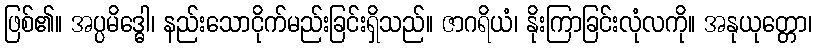
ဖြစ်၏။ အပ္ပမိဒ္ဓေါ၊ နည်းသောငိုက်မည်းခြင်းရှိသည်။ ဇာဂရိယံ၊ နိုးကြာခြင်းလုံလကို။ အနုယုတ္တော၊